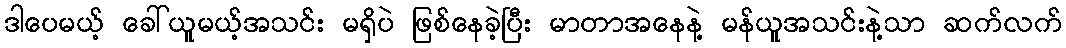
ဒါပေမယ့် ခေါ်ယူမယ့်အသင်း မရှိပဲ ဖြစ်နေခဲ့ပြီး မာတာအနေနဲ့ မန်ယူအသင်းနဲ့သာ ဆက်လက်